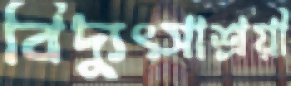
বিদ্যুৎসাশ্রয়ী